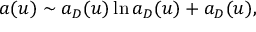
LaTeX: a ( u ) \sim a _ { D } ( u ) \ln a _ { D } ( u ) + a _ { D } ( u ) ,